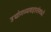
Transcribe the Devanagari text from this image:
उद्योगव्यवहारांमध्ये